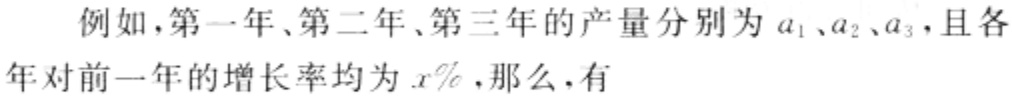
例如，第一年、第二年、第三年的产量分别为 \(a_{1}\)、\(a_{2}\)、\(a_{3}\)，且各年对前一年的增长率均为 \(x\%\)，那么，有